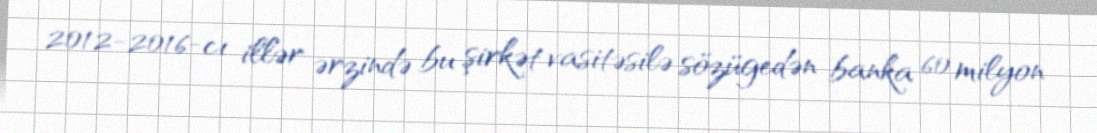
2012-2016-cı illər ərzində bu şirkət vasitəsilə sözügedən banka 60 milyon